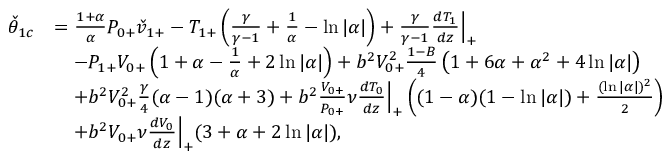
\begin{array} { r l } { \check { \theta } _ { 1 c } } & { = \frac { 1 + \alpha } { \alpha } P _ { 0 + } \check { v } _ { 1 + } - { T } _ { 1 + } \left( \frac { \gamma } { \gamma - 1 } + \frac { 1 } { \alpha } - \ln { | \alpha | } \right) + \frac { \gamma } { \gamma - 1 } \frac { d T _ { 1 } } { d z } \Big | _ { + } } \\ & { \quad - P _ { 1 + } V _ { 0 + } \left( 1 + \alpha - \frac { 1 } { \alpha } + 2 \ln { | \alpha | } \right) + b ^ { 2 } { V } _ { 0 + } ^ { 2 } \frac { 1 - B } { 4 } \left( 1 + 6 \alpha + \alpha ^ { 2 } + 4 \ln { | \alpha | } \right) } \\ & { \quad + b ^ { 2 } { V } _ { 0 + } ^ { 2 } \frac { \gamma } { 4 } ( \alpha - 1 ) ( \alpha + 3 ) + b ^ { 2 } \frac { V _ { 0 + } } { P _ { 0 + } } \nu \frac { d T _ { 0 } } { d z } \Big | _ { + } \left( ( 1 - \alpha ) ( 1 - \ln { | \alpha | } ) + \frac { ( \ln { | \alpha | } ) ^ { 2 } } { 2 } \right) } \\ & { \quad + b ^ { 2 } V _ { 0 + } \nu \frac { d V _ { 0 } } { d z } \Big | _ { + } ( 3 + \alpha + 2 \ln { | \alpha | } ) , } \end{array}